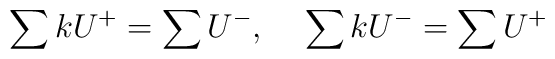
\sum k U^+=\sum U^-, ~~~ \sum k U^-=\sum U^+